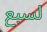
لسبع